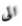
الى